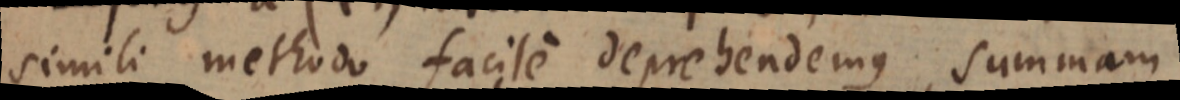
simili methodo facile deprehendemus, summam